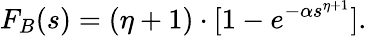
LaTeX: F_{B}(s)=(\eta+1)\cdot[1-e^{-\alpha s^{\eta+1}}].